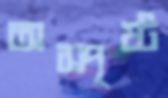
অস্পৃষ্ট